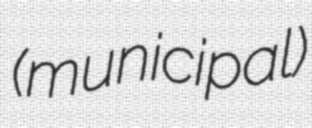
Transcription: (municipal)